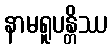
နာမရူပန္တိဿ